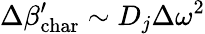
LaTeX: \Delta\beta_{\mathrm{char}}^{\prime}\sim D_{j}\Delta\omega^{2}